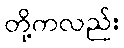
တို့ကလည်း